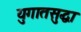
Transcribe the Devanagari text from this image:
युगातसुद्धा